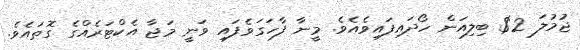
ޖުމުލަ 2$ ބިލިއަން ހޯދައިފައިވެއެވެ. މީނާ ފާހަގަވެފައި ވަނީ މަޖާ އެކްޓަރެއްގެ ގޮތައެވެ.